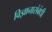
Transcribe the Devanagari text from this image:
विज्ञानासंबंधी